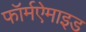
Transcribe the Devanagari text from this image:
फॉर्मऐमाइड